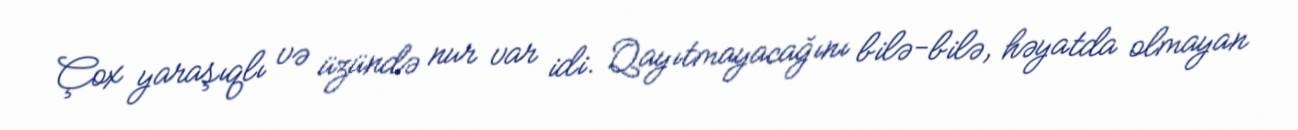
Çox yaraşıqlı və üzündə nur var idi. Qayıtmayacağını bilə-bilə, həyatda olmayan